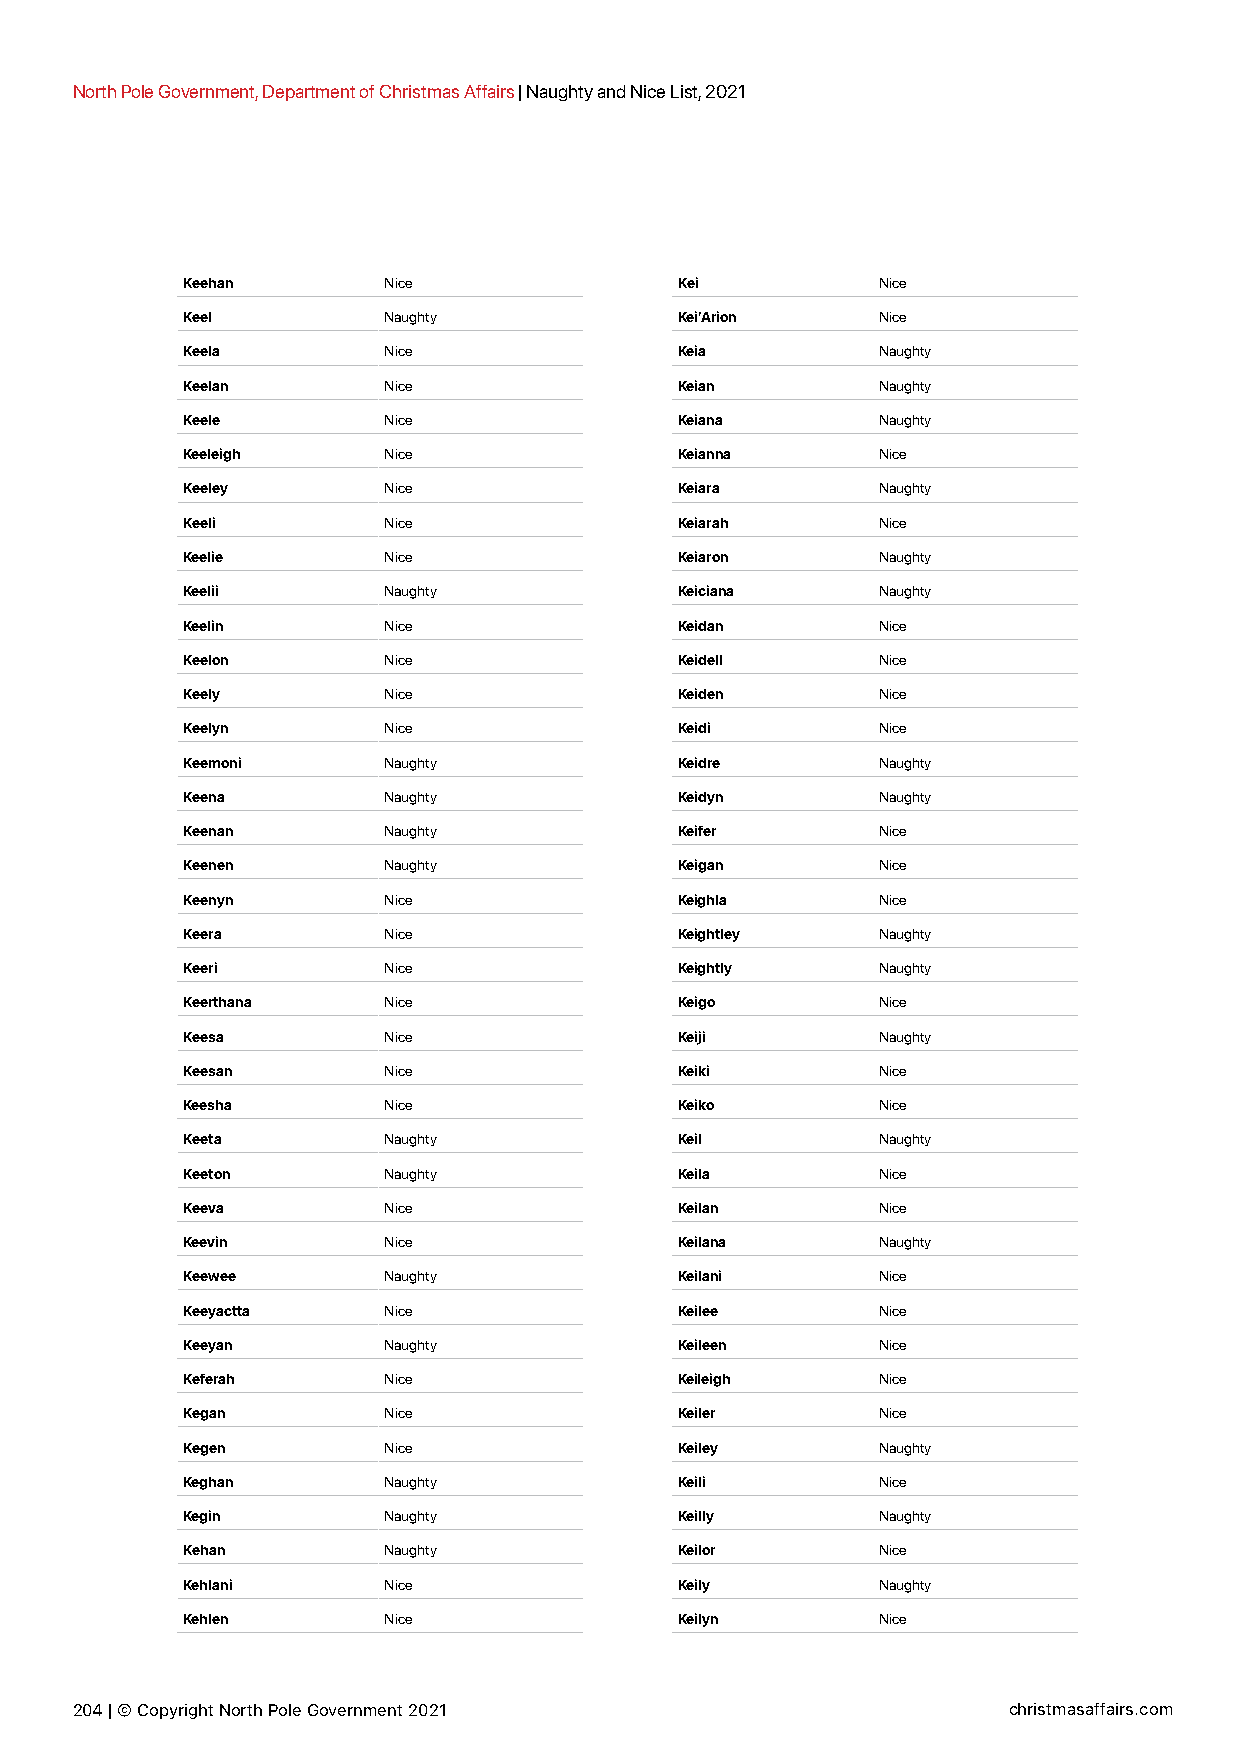
North Pole Government, Department of Christmas Affairs | Naughty and Nice List, 2021
 Keehan       Nice                Kei          Nice
 Keel         Naughty             Kei’Arion    Nice
 Keela        Nice                Keia         Naughty
 Keelan       Nice                Keian        Naughty
 Keele        Nice                Keiana       Naughty
 Keeleigh     Nice                Keianna      Nice
 Keeley       Nice                Keiara       Naughty
 Keeli        Nice                Keiarah      Nice
 Keelie       Nice                Keiaron      Naughty
 Keelii       Naughty             Keiciana     Naughty
 Keelin       Nice                Keidan       Nice
 Keelon       Nice                Keidell      Nice
 Keely        Nice                Keiden       Nice
 Keelyn       Nice                Keidi        Nice
 Keemoni      Naughty             Keidre       Naughty
 Keena        Naughty             Keidyn       Naughty
 Keenan       Naughty             Keifer       Nice
 Keenen       Naughty             Keigan       Nice
 Keenyn       Nice                Keighla      Nice
 Keera        Nice                Keightley    Naughty
 Keeri        Nice                Keightly     Naughty
 Keerthana    Nice                Keigo        Nice
 Keesa        Nice                Keiji        Naughty
 Keesan       Nice                Keiki        Nice
 Keesha       Nice                Keiko        Nice
 Keeta        Naughty             Keil         Naughty
 Keeton       Naughty             Keila        Nice
 Keeva        Nice                Keilan       Nice
 Keevin       Nice                Keilana      Naughty
 Keewee       Naughty             Keilani      Nice
 Keeyactta    Nice                Keilee       Nice
 Keeyan       Naughty             Keileen      Nice
 Keferah      Nice                Keileigh     Nice
 Kegan        Nice                Keiler       Nice
 Kegen        Nice                Keiley       Naughty
 Keghan       Naughty             Keili        Nice
 Kegin        Naughty             Keilly       Naughty
 Kehan        Naughty             Keilor       Nice
 Kehlani      Nice                Keily        Naughty
 Kehlen       Nice                Keilyn       Nice
 204 | © Copyright North Pole Government 2021                  christmasaffairs.com